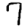
Digit: 7